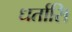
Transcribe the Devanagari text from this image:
धर्तासि